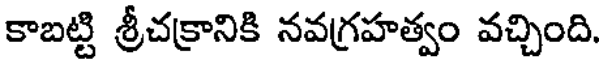
కాబట్టి శ్రీచక్రానికి నవగ్రహత్వం వచ్చింది.